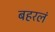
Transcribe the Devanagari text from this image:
बहरलं